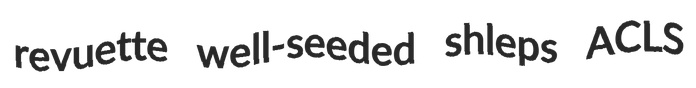
revuette well-seeded shleps ACLS